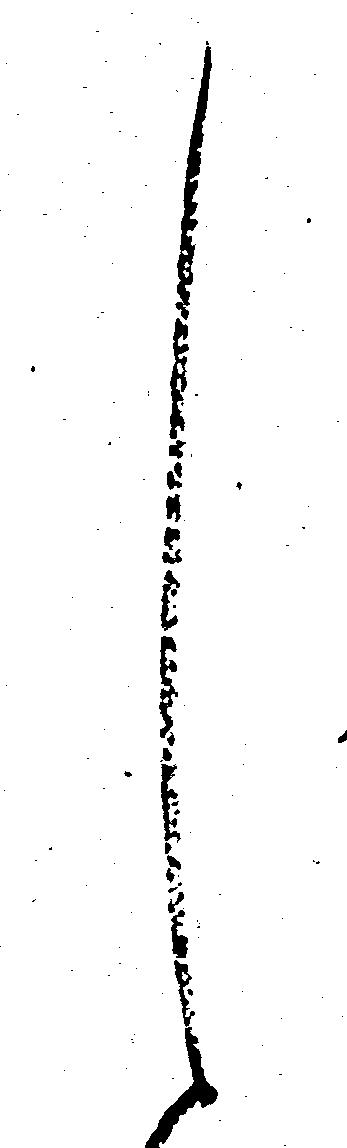
し